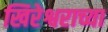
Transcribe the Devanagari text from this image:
खिरेश्वराच्या